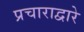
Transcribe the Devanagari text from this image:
प्रचाराद्वारे